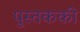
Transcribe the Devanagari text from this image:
पुस्तककी